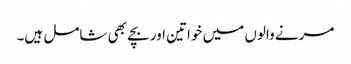
مرنے والوں میں خواتین اور بچے بھی شامل ہیں۔